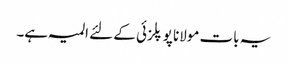
یہ بات مولانا پوپلزئی کے لئے المیہ ہے۔